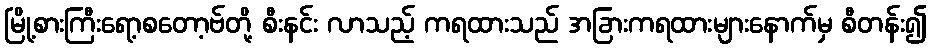
မြို့စားကြီးရော့စတော့ဗ်တို့ စီးနင်း လာသည့် ကရထားသည် အခြားကရထားများနောက်မှ စီတန်း၍